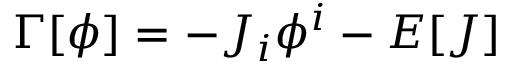
\Gamma [ \phi ] = - J _ { i } \phi ^ { i } - E [ J ]